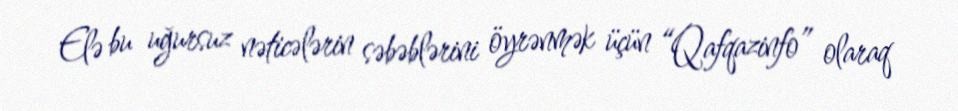
Elə bu uğursuz nəticələrin səbəblərini öyrənmək üçün “Qafqazinfo” olaraq